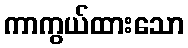
ကာကွယ်ထားသော